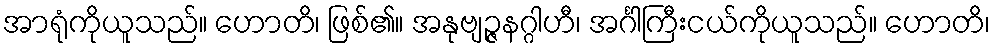
အာရုံကိုယူသည်။ ဟောတိ၊ ဖြစ်၏။ အနုဗျဉ္ဇနဂ္ဂါဟီ၊ အင်္ဂါကြီးငယ်ကိုယူသည်။ ဟောတိ၊